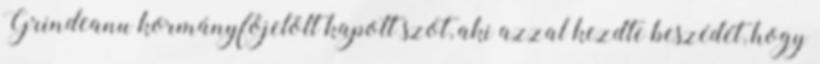
Grindeanu kormányfőjelölt kapott szót, aki azzal kezdte beszédét, hogy